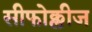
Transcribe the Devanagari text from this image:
सीफोक्लीज